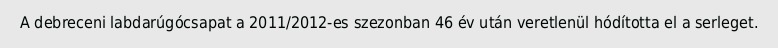
A debreceni labdarúgócsapat a 2011/2012-es szezonban 46 év után veretlenül hódította el a serleget.